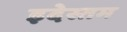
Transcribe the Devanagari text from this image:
इदेस्तम